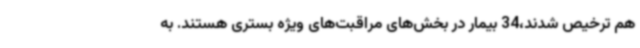
هم ترخیص شدند،34 بیمار در بخش‌های مراقبت‌های ویژه بستری هستند. به